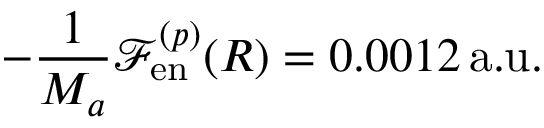
- \frac { 1 } { M _ { a } } \mathcal { F } _ { \mathrm { e n } } ^ { ( p ) } ( R ) = 0 . 0 0 1 2 \, \mathrm { a . u . }